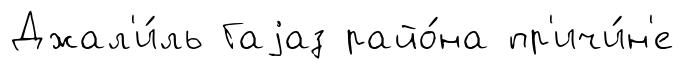
Джал'и́ль Гаjаз райо́на пр'ичи́н'е